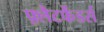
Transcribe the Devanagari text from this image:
फ़्लैटफेंडर्स